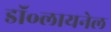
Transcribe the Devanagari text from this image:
डॉ॰लायनेल